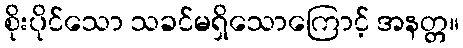
စိုးပိုင်သော သခင်မရှိသောကြောင့် အနတ္တ။